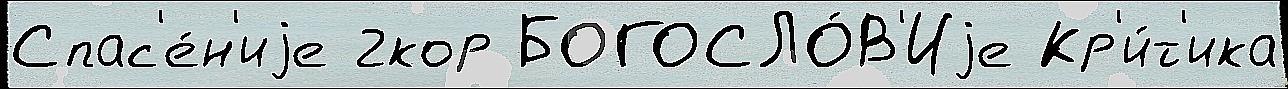
Спас'е́н'иjе 2кор БОГОСЛО́В'Иjе Кр'и́т'ика